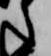
之